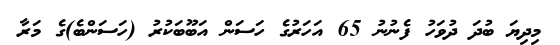
މިދިޔަ ބުދަ ދުވަހު ފެނުނު 65 އަހަރުގެ ހަސަން އަބޫބަކުރު (ހަސަންބެ)ގެ މަރާ